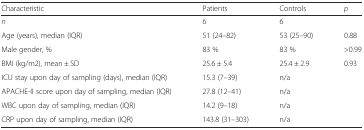
<table><thead><tr><td><b>Characteristic</b></td><td><b>Patients</b></td><td><b>Controls</b></td><td><b><i>p</i></b></td></tr></thead><tbody><tr><td><i>n</i></td><td>6</td><td>6</td><td></td></tr><tr><td>Age (years), median (IQR)</td><td>51 (24–82)</td><td>53 (25–90)</td><td>0.88</td></tr><tr><td>Male gender, %</td><td>83 %</td><td>83 %</td><td>&gt;0.99</td></tr><tr><td>BMI (kg/m2), mean ± SD</td><td>25.6 ± 5.4</td><td>25.4 ± 2.9</td><td>0.93</td></tr><tr><td>ICU stay upon day of sampling (days), median (IQR)</td><td>15.3 (7–39)</td><td>n/a</td><td></td></tr><tr><td>APACHE-II score upon day of sampling, median (IQR)</td><td>27.8 (12–41)</td><td>n/a</td><td></td></tr><tr><td>WBC upon day of sampling, median (IQR)</td><td>14.2 (9–18)</td><td>n/a</td><td></td></tr><tr><td>CRP upon day of sampling, median (IQR)</td><td>143.8 (31–303)</td><td>n/a</td><td></td></tr></tbody></table>